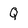
Character: Q